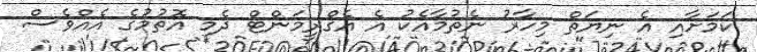
ކަމަށާއި އެ ނިޔަތް މިހާރު ނެތުމާއެކު އެ އެގްރީމަންޓް ދެމި އޮތުމުގެ އެއްވެސް